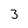
Character: 3